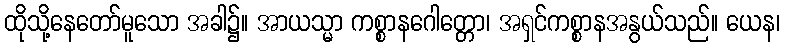
ထိုသို့နေတော်မူသော အခါ၌။ အာယသ္မာ ကစ္စာနဂေါတ္တော၊ အရှင်ကစ္စာနအနွယ်သည်။ ယေန၊